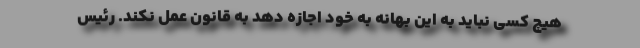
هیچ کسی نباید به این بهانه به خود اجازه دهد به قانون عمل نکند. رئیس